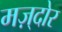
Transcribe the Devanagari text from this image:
मज़्दोर